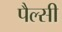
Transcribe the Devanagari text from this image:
पैल्सी